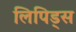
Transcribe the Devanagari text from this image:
लिपिड्स